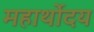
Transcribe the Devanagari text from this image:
महार्थोदय